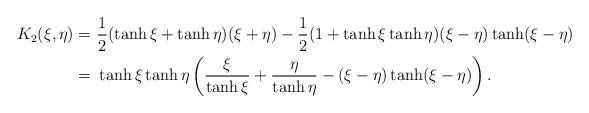
LaTeX: \begin{align*} K_2(\xi,\eta) =&\ \frac12(\tanh \xi + \tanh \eta)(\xi+\eta) - \frac12(1 + \tanh \xi \tanh \eta)(\xi-\eta)\tanh(\xi-\eta) \\ =&\ \tanh \xi \tanh \eta \left (\frac{\xi}{\tanh \xi} + \frac{\eta}{ \tanh \eta} - (\xi-\eta) \tanh(\xi-\eta)\right ). \end{align*}